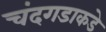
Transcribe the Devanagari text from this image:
चंदगडाकडे